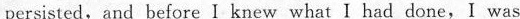
persisted,and before I knew what I had done,I was